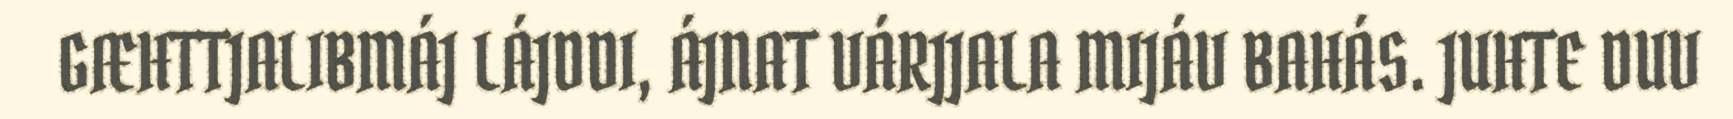
GÆHTTJALIBMÁJ LÁJDDI, ÁJNAT VÁRJJALA MIJÁV BAHÁS. JUHTE DUV